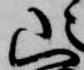
山